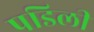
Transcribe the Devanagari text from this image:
पडिली